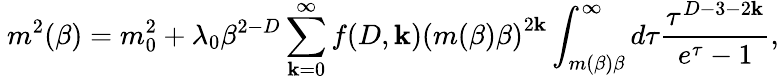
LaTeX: \ m^{2}(\beta)=m_{0}^{2}+\lambda_{0}\beta^{2-D}\sum_{\mathbf{k}=0}^{\infty}f(D,\mathbf{k})\left(m(\beta)\beta\right)^{2\mathbf{k}}\int_{m(\beta)\beta}^{\infty}d\tau\frac{{\tau^{D-3-2\mathbf{k}}}}{{e^{\tau}-1}},